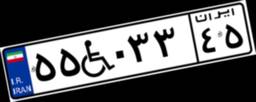
۵۵W۰۳۳۴۵